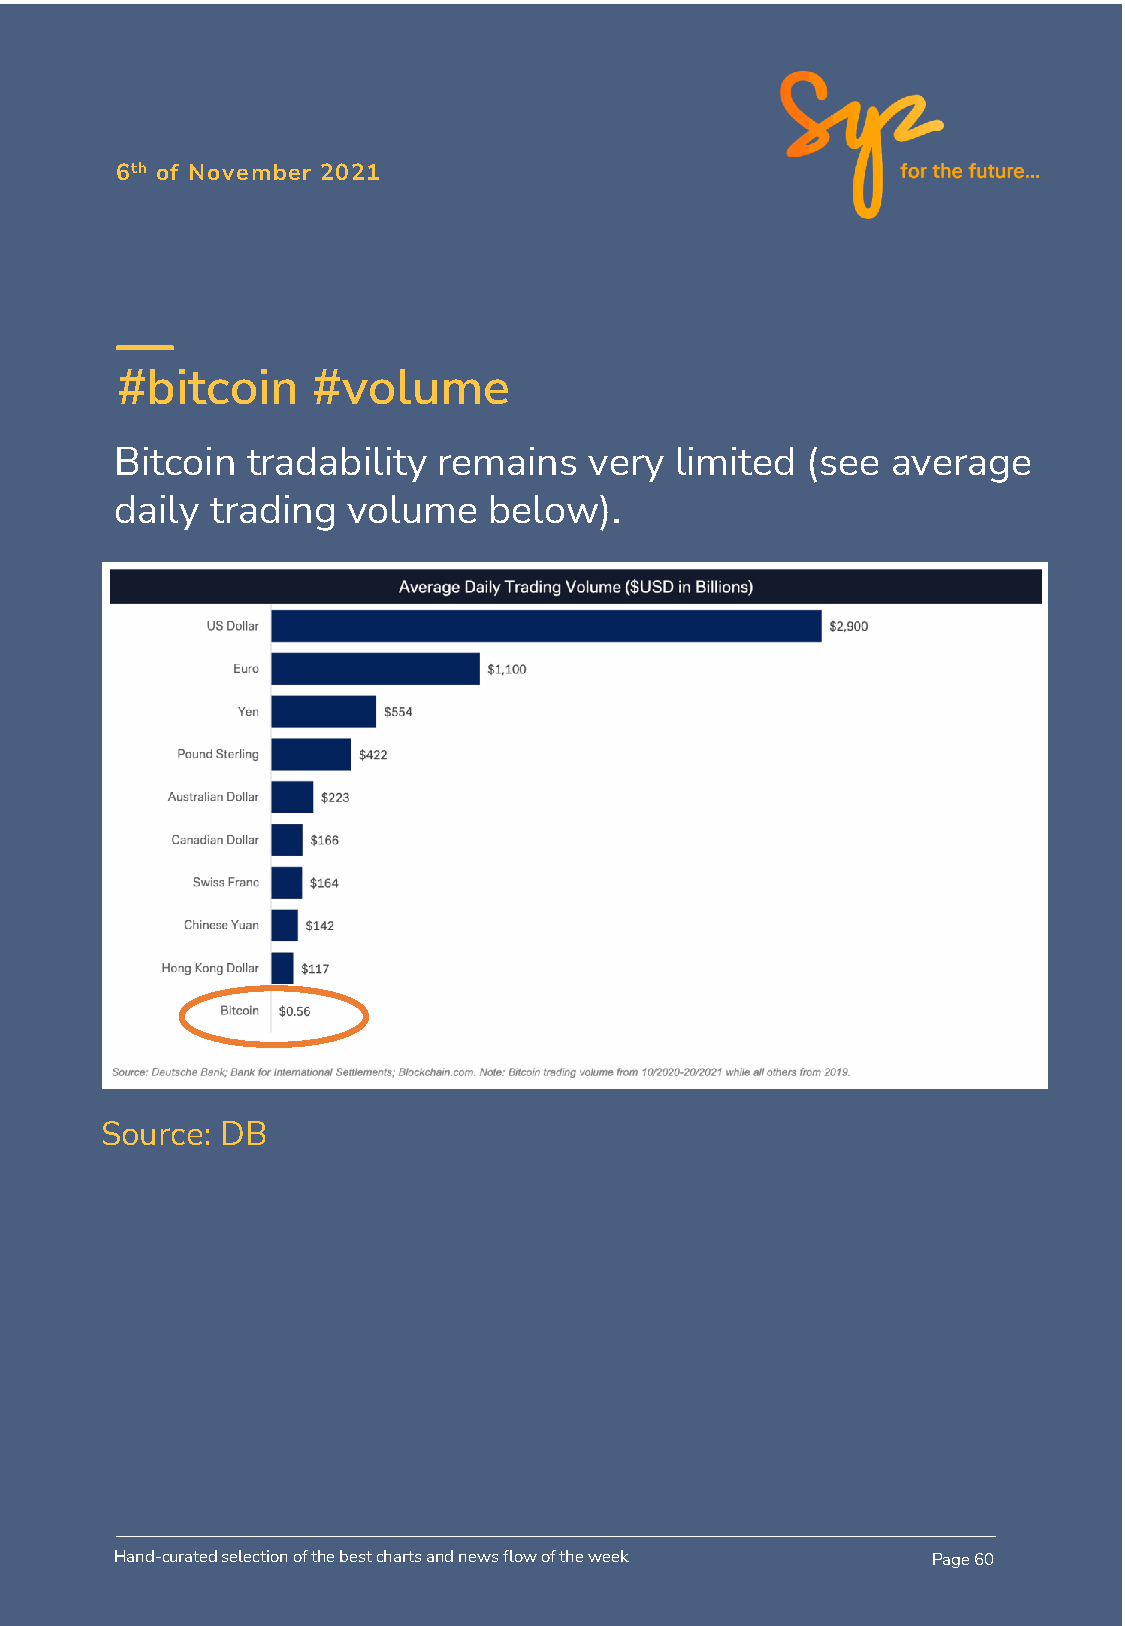
6th of November 2021
 #bitcoin     #volume
 Bitcoin tradability  remains   very  limited (see  average
 daily trading  volume   below).
 Source: DB
 Source: DB
 Hand-curated selection of the best charts and news flow of the week Page 60